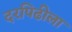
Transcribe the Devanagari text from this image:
दरपिढीला